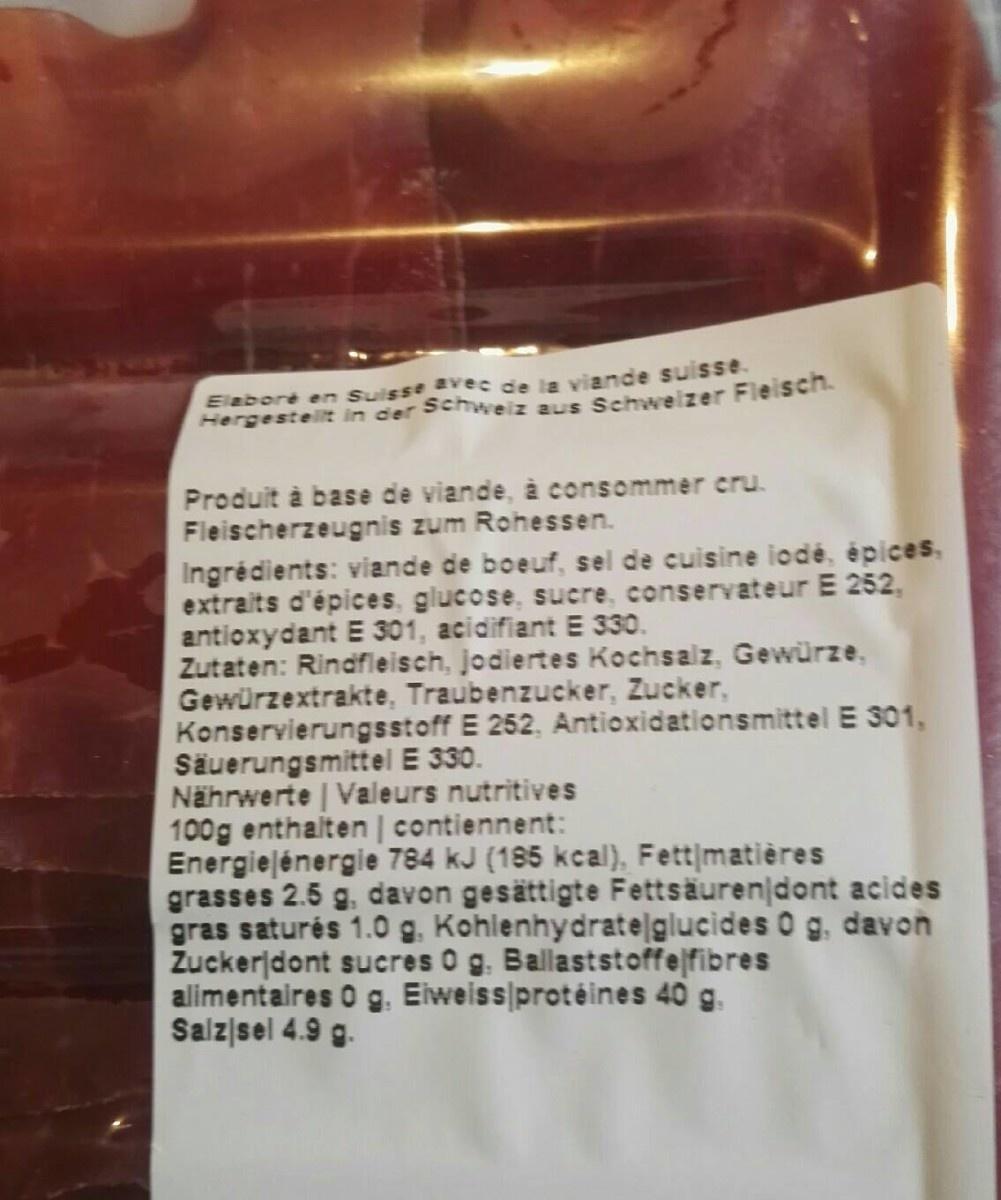
la viande suisse. Elabore en Sulsse avec de Hergestelt in der Schweiz aus Schwelzer Fleisch. Produit à base de viande, à consommer cru. Fleischerzeugnis zum Rohessen. Ingrédients: viande de boeuf, sel de cuisine iodé, épices. extraits d'épices, glucose, sucre, conservateur E 252, antioxydant E 301, acidifiant E 330. Zutaten: Rindfleisch, jodiertes Kochsalz, Gewürze, Gewürzextrakte, Traubenzucker, Zucker, Konservierungsstoff E 252, Antioxidationsmittel E 301, Säuerungsmittel E 330. Nährwerte | Valeurs nutritives 100g enthalten | contiennent: Energielénergie 784 kJ (185 kcal), Fett|matières grasses 2.5 g, davon gesättigte Fettsäurenjdont acides gras saturés 1.0 g. Kohlenhydrate|glucides 0 g, davon Zuckerjdont sucres 0 g. Ballaststoffeſfibres alimentaires 0 g. Eiweiss protéines 40 g. Salzjsel 4.9 g.